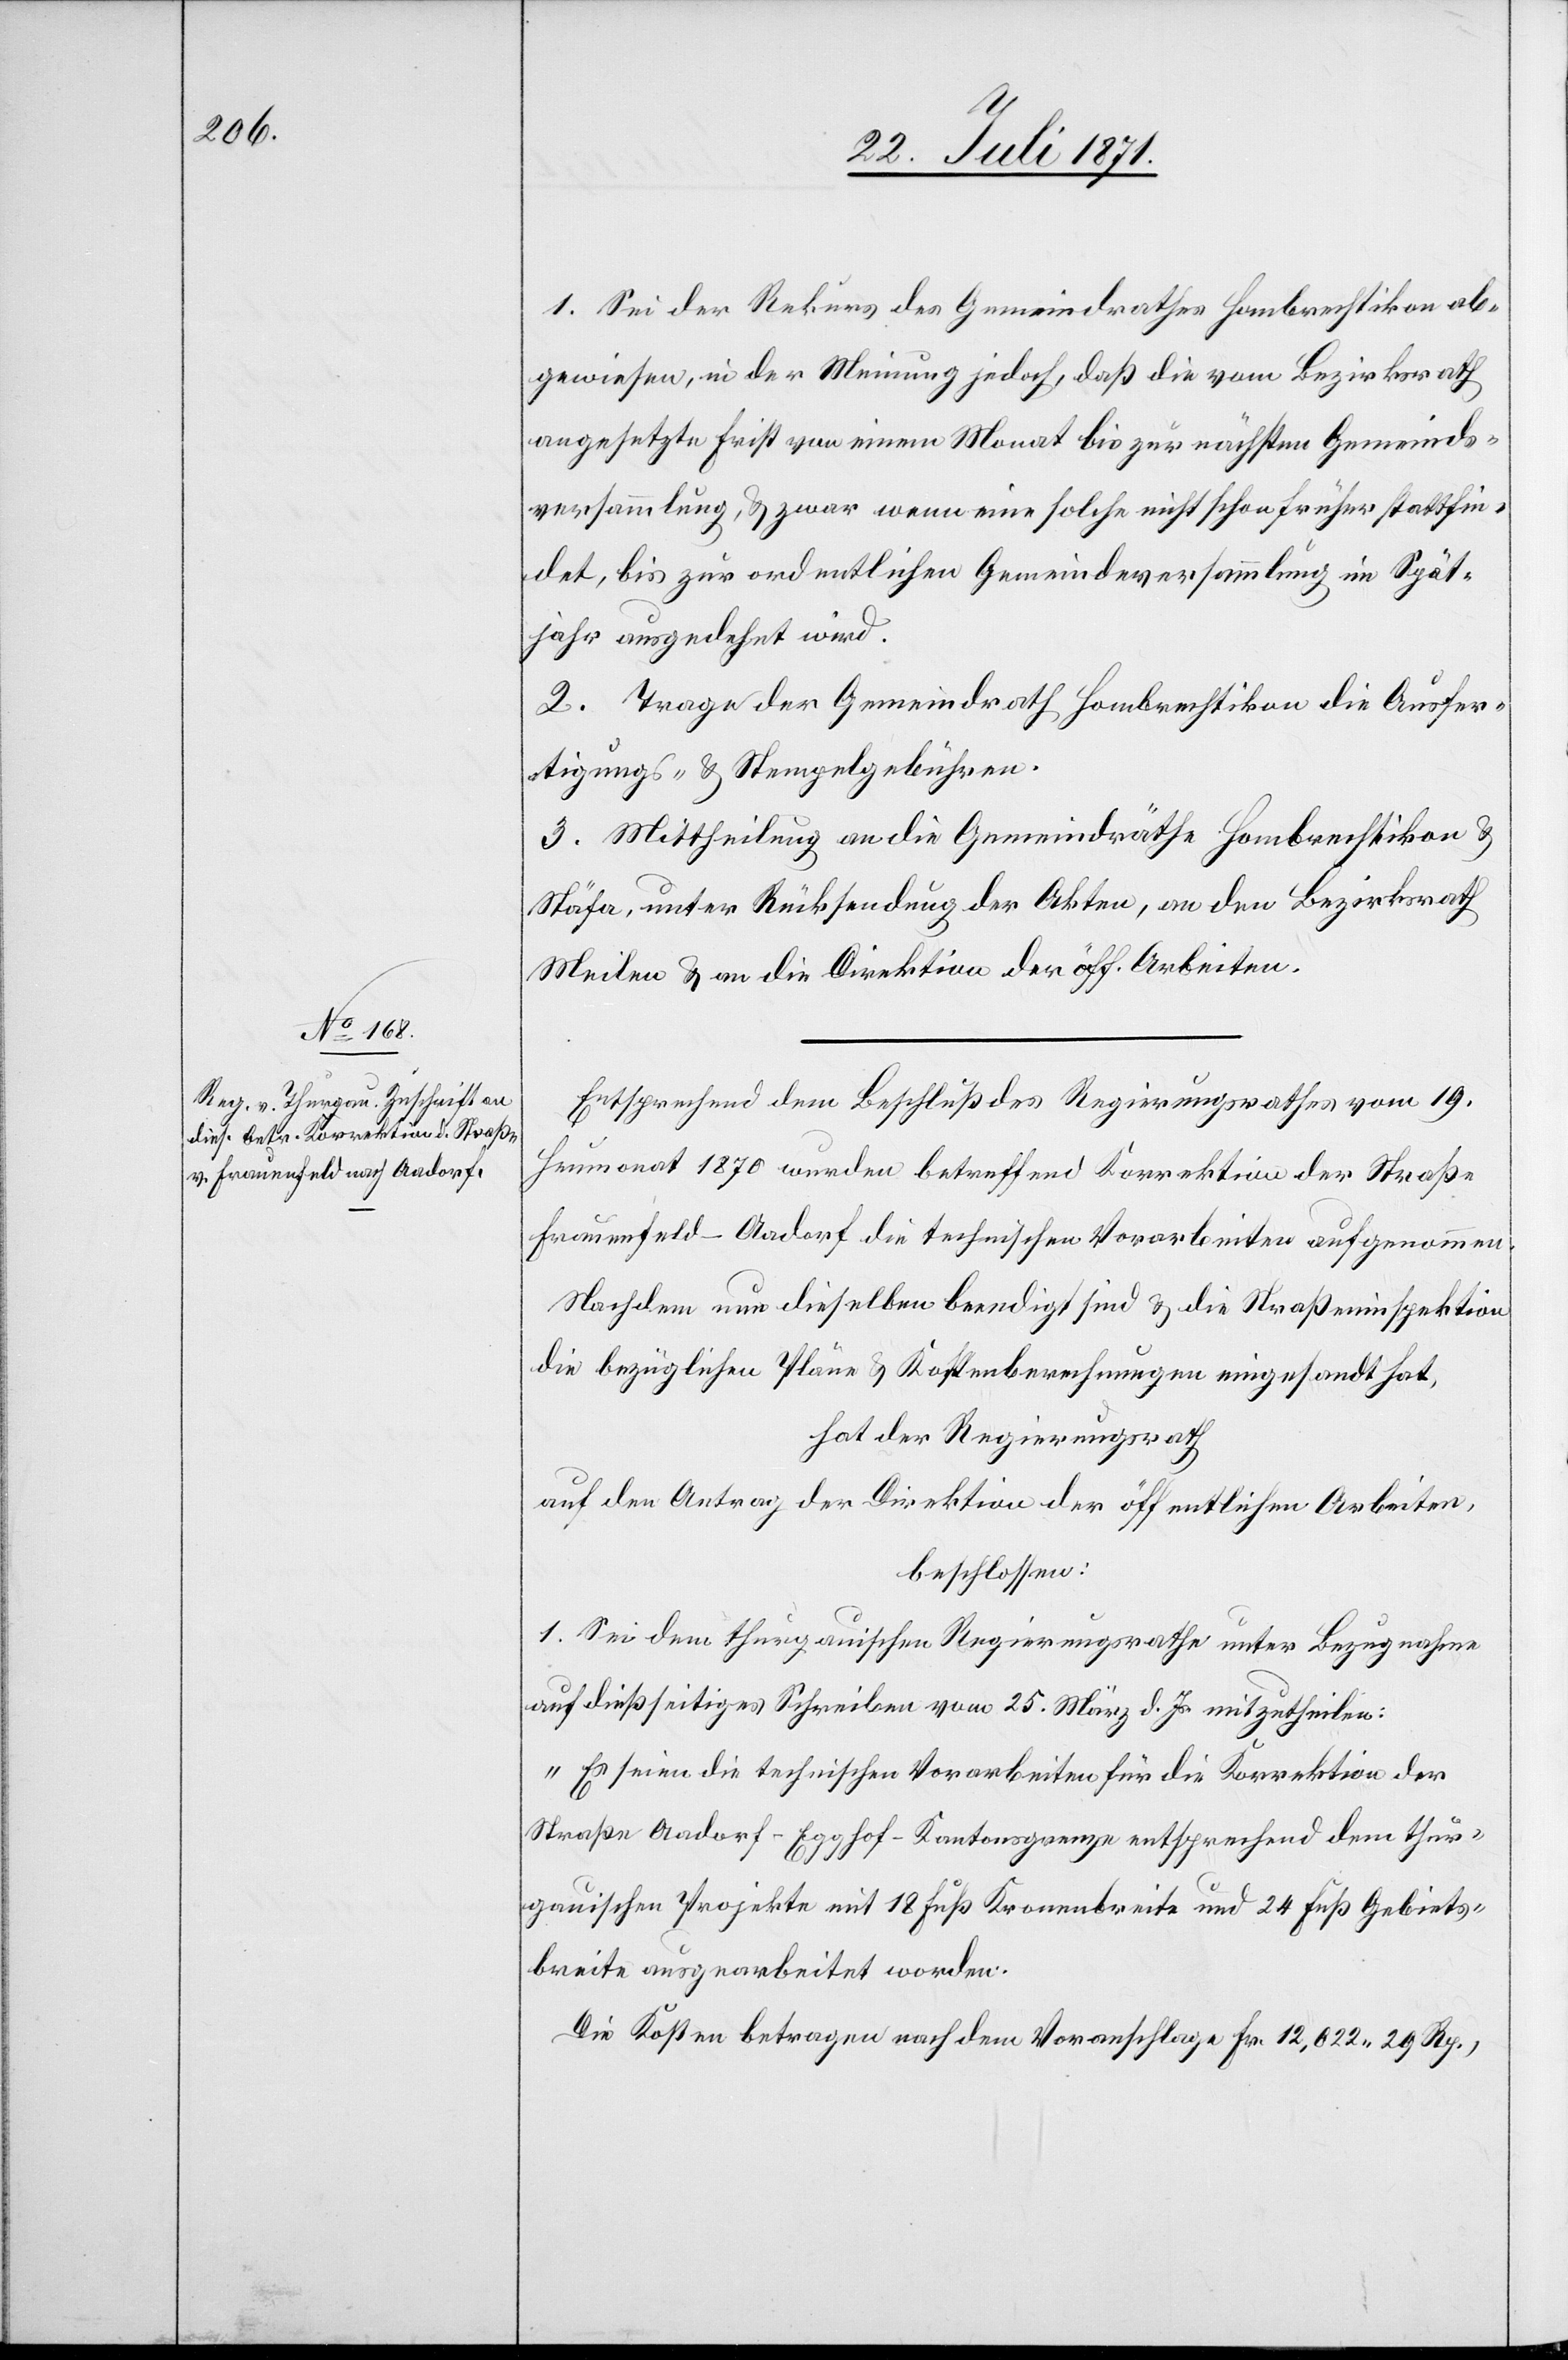
1. Sei der Rekurs des Gemeindrathes Hombrechtikon ab¬
gewiesen, in der Meinung jedoch, daß die vom Bezirksrath
angesetzte Frist von einem Monat bis zur nächsten Gemeinds¬
versammlung, u. zwar wenn eine solche nicht schon früher stattfin¬
det, bis zur ordentlichen Gemeindeversammlung im Spät¬
jahr ausgedehnt wird.
2. Trage der Gemeindrath Hombrechtikon die Ausfer¬
tigungs- u. Stempelgebühren.
3. Mittheilung an die Gemeindräthe Hombrechtikon u.
Stäfa, unter Rücksendung der Akten, an den Bezirksrath
Meilen u. an die Direktion der öff. Arbeiten.
Entsprechend dem Beschluß des Regierungsrathes vom 19.
Heumonat 1870 wurden betreffend Korrektion der Straße
Frauenfeld-Aadorf die technischen Vorarbeiten aufgenommen.
Nachdem nun dieselben beendigt sind u. die Straßeninspektion
die bezüglichen Pläne u. Kostenberechnungen eingesandt hat,
hat der Regierungsrath
auf den Antrag der Direktion der öffentlichen Arbeiten,
beschlossen:
1. Sei dem thurgauischen Regierungsrathe unter Bezugnahme
auf dießseitiges Schreiben vom 25. März d. J. mitzutheilen:
„Es seien die technischen Vorarbeiten für die Korrektion der
Straße Aadorf-Egghof-Kantonsgrenze entsprechend dem thur¬
gauischen Projekte mit 18 Fuß Kronenbreite und 24 Fuß Gebiets¬
breite ausgearbeitet worden.
Die Kosten betragen nach dem Voranschlage Fr. 12,822.29 Rp.,